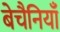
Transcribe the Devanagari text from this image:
बेचैनियाँ